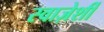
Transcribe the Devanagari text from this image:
स्वाज़ेर्शी